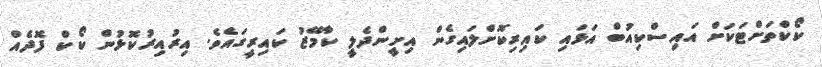
ކޯކްތަށްޓަކަށް އައިސްކިއުބް އަޅައި ކައިރިކޮށްލައިގެން އިށީންދެލީ ކާމޭޒު ކައިރީގައެވެ. އިރުއިރުކޮޅުން ކޯކް ފޮދެއް